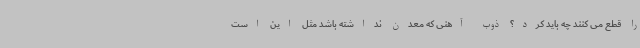
را قطع می کنند چه باید کرد؟ ذوب آهنی که معدن نداشته باشد مثل این است